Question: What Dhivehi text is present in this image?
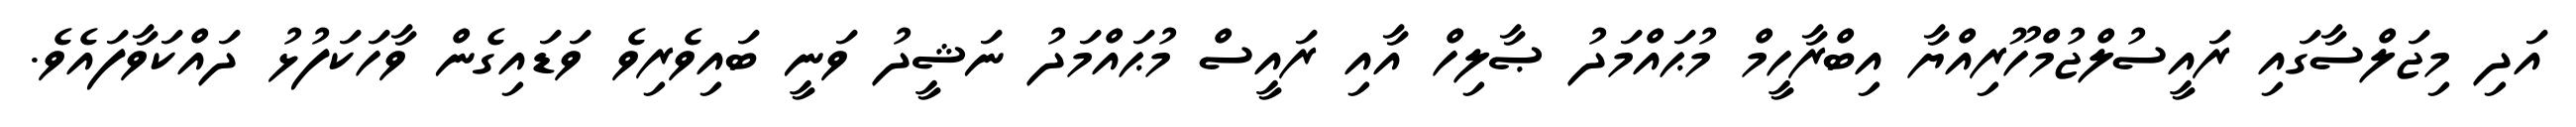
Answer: އަދި މިޖަލްސާގައި ރައީސުލްޖުމްހޫރިއްޔާ އިބްރާހީމް މުޙައްމަދު ޞާލިހް އާއި ރައީސް މުޙައްމަދު ނަޝީދު ވަނީ ބައިވެރިވެ ވަޑައިގެން ވާހަކަފުޅު ދައްކަވާފައެވެ.